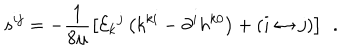
s ^ { i j } = - \frac 1 { 8 \mu } \left[ { \cal E } _ { k } { } ^ { j } \left( k ^ { k i } - \partial ^ { i } h ^ { k 0 } \right) + \left( i \leftrightarrow j \right) \right] \; \, .